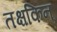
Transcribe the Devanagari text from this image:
तक्षकिन्